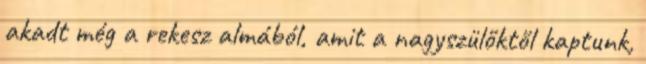
akadt még a rekesz almából, amit a nagyszülőktől kaptunk,